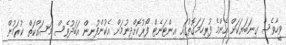
ވީހާވެސް ގިނަބަޔަކަށް އެންމެ ފުރިހަމަގޮތުގައި އިންޓަނެޓް ފޯރުކޮށްދިނުމަށް އެކުންފުނިން އަބަދުވެސް މަސައްކަތް ކުރަމުން